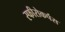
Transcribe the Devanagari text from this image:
स्फीरोकर्पस